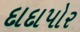
દાદાપોર